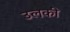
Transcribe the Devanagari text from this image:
उलकी